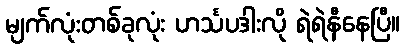
မျက်လုံးတစ်ခုလုံး ဟင်္သပဒါးလို ရဲရဲနီနေပြီ။